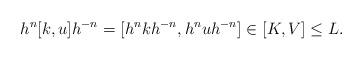
LaTeX: \begin{align*}h^n[k,u]h^{-n} = [h^nkh^{-n},h^nuh^{-n}] \in [K,V] \le L.\end{align*}